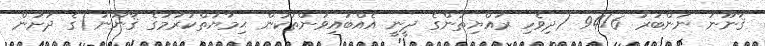
ޤާނޫނު ނަންބަރު 94/6 (ދިވެހި ރައްޔިތުންގެ ދީނީ އެއްބައިވަންތަކަން ޙިމާޔަތްކުރުމުގެ ޤާނޫނު)ގެ ދަށުން